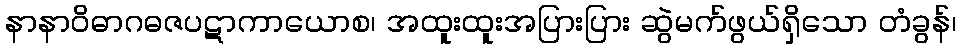
နာနာဝိဓာဂဓဇပဋာကာယောစ၊ အထူးထူးအပြားပြား ဆွဲမက်ဖွယ်ရှိသော တံခွန်၊